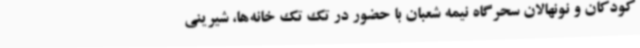
کودکان و نونهالان سحرگاه نیمه شعبان با حضور در تک تک خانه‌ها، شیرینی